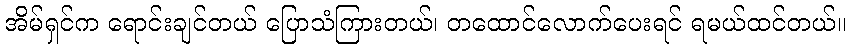
အိမ်ရှင်က ရောင်းချင်တယ် ပြောသံကြားတယ်၊ တထောင်လောက်ပေးရင် ရမယ်ထင်တယ်။